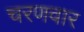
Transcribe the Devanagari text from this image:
चरणवार